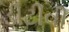
ડીટીવી